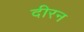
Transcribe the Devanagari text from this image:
दीरन